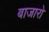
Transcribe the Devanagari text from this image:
बाजारो